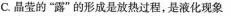
C.晶莹的”露”的形成是放热过程，是液化现象